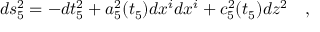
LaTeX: d s _ { 5 } ^ { 2 } = - d t _ { 5 } ^ { 2 } + a _ { 5 } ^ { 2 } ( t _ { 5 } ) d x ^ { i } d x ^ { i } + c _ { 5 } ^ { 2 } ( t _ { 5 } ) d z ^ { 2 } \quad ,